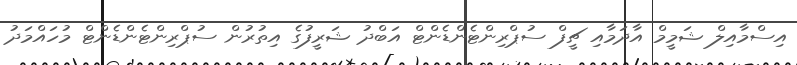
އިސްމާއިލް ޝަމީމް އާދަމާއި ޗީފް ސުޕްރިންޓެންޑެންޓް އަބްދު ޝަރީފުގެ އިތުރުން ސުޕްރިންޓެންޑެންޓް މުހައްމަދު